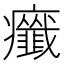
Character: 𤼋